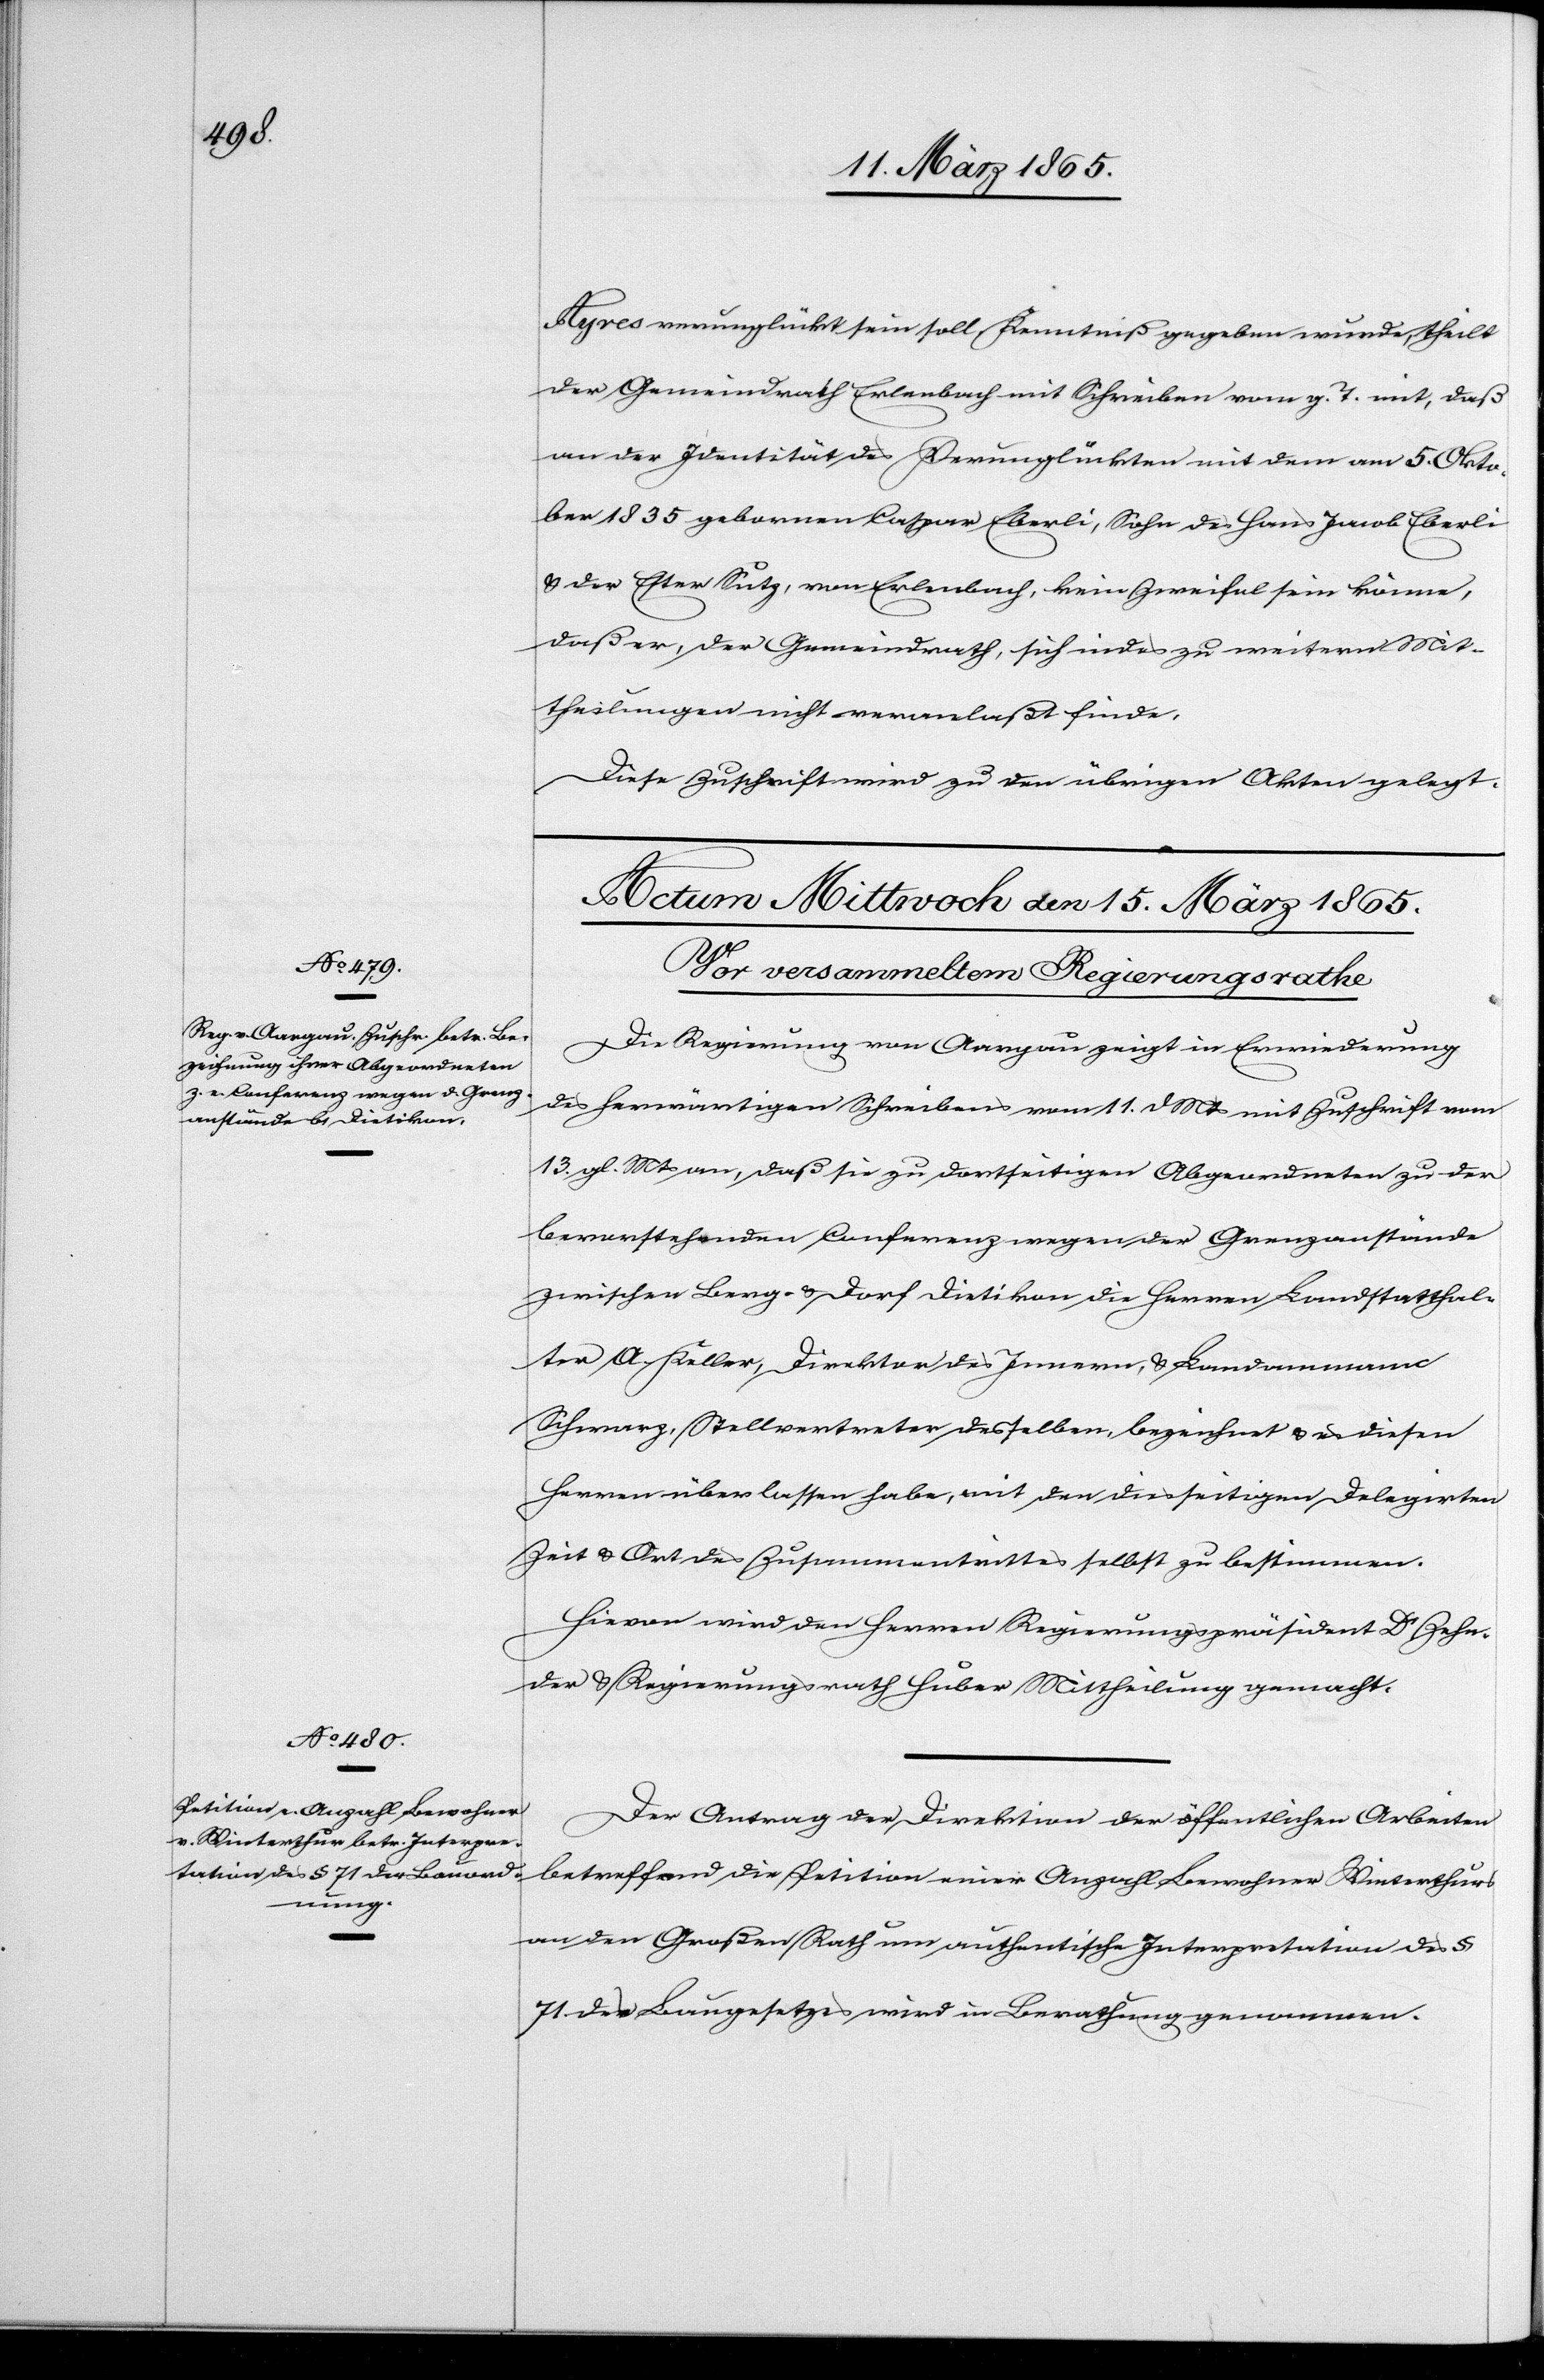
Ayres verunglückt sein soll Kenntniß gegeben wurde, theilt
der Gemeindrath Erlenbach mit Schreiben vom g. T. mit, daß
an der Identität des verunglückten mit dem am 5. Okto¬
ber 1835 gebornen Caspar Eberli, Sohn des Hans Jacob Eberli
& der Ester Sutz, von Erlenbach, kein Zweifel sein könne,
daß er, der Gemeindrath, sich indes zu weitern Mit¬
theilungen nicht veranlaßt finde.
Diese Zuschrift wird zu den übrigen Akten gelegt.
Die Regierung von Aargau zeigt in Erwiederung
des herwärtigen Schreibens vom 11. d Mts mit Zuschrift vom
13. gl. Mts an, daß sie zu dortseitigen Abgeordneten zu der
bevorstehenden Conferenz wegen der Grenzanstände
zwischen Berg- & Dorf Dietikon die Herren Landstatthal¬
ter A. Keller, Dirktor des Innern, & Landammann
Schwarz, Stellvertreter desselben, bezeichnet & es diesen
Herren überlassen habe, mit den diesseitigen Delegirten
Zeit & Ort des Zusammentrittes selbst zu bestimmen.
Hievon wird den Herren Regierungspräsident Dr Zehn¬
der & Regierungsrath Huber Mittheilung gemacht.
Der Antrag der Direktion der öffentlichen Arbeiten
betreffend die Petition einer Anzahl Bewohner Winterthurs
an den Großen Rath um authentische Interpretation des §
71 des Baugesetzes wird in Berathung genommen.